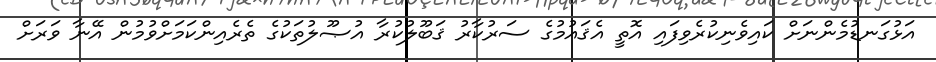
އަޅުގަނޑުމެންނަށް ކައިވެނިކުރެވިފައި އޮތީ އެޤައުމުގެ ސަރުކާރު ޤަބޫލުކުރާ އުޞޫލުތަކުގެ ތެރެއިންކަމަށްވުމުން އޭނާ ވަރަށް